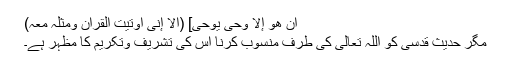
ان ھو إلا وحی یوحی] (ألا إنی أوتیت القرآن ومثلہ معہ)
مگر حدیث قدسی کو اللہ تعالیٰ کی طرف منسوب کرنا اس کی تشریف وتکریم کا مظہر ہے۔